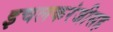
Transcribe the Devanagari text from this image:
इचलकरंजीसह